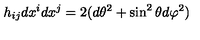
h _ { i j } d x ^ { i } d x ^ { j } = 2 ( d \theta ^ { 2 } + \sin ^ { 2 } \theta d \varphi ^ { 2 } )